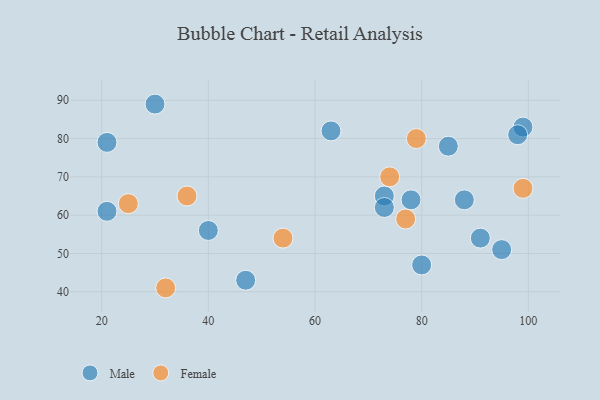
{"axis": {"x": "GDP", "y": "Life Expectancy"}, "legend": ["Female", "Male"], "data": [{"x": "73", "y": 65, "type": "Male"}, {"x": "73", "y": 62, "type": "Male"}, {"x": "99", "y": 83, "type": "Male"}, {"x": "98", "y": 81, "type": "Male"}, {"x": "88", "y": 64, "type": "Male"}, {"x": "47", "y": 43, "type": "Male"}, {"x": "80", "y": 47, "type": "Male"}, {"x": "30", "y": 89, "type": "Male"}, {"x": "95", "y": 51, "type": "Male"}, {"x": "91", "y": 54, "type": "Male"}, {"x": "78", "y": 64, "type": "Male"}, {"x": "63", "y": 82, "type": "Male"}, {"x": "21", "y": 61, "type": "Male"}, {"x": "85", "y": 78, "type": "Male"}, {"x": "21", "y": 79, "type": "Male"}, {"x": "40", "y": 56, "type": "Male"}, {"x": "32", "y": 41, "type": "Female"}, {"x": "79", "y": 80, "type": "Female"}, {"x": "99", "y": 67, "type": "Female"}, {"x": "36", "y": 65, "type": "Female"}, {"x": "54", "y": 54, "type": "Female"}, {"x": "25", "y": 63, "type": "Female"}, {"x": "74", "y": 70, "type": "Female"}, {"x": "77", "y": 59, "type": "Female"}]}